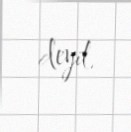
deyil.